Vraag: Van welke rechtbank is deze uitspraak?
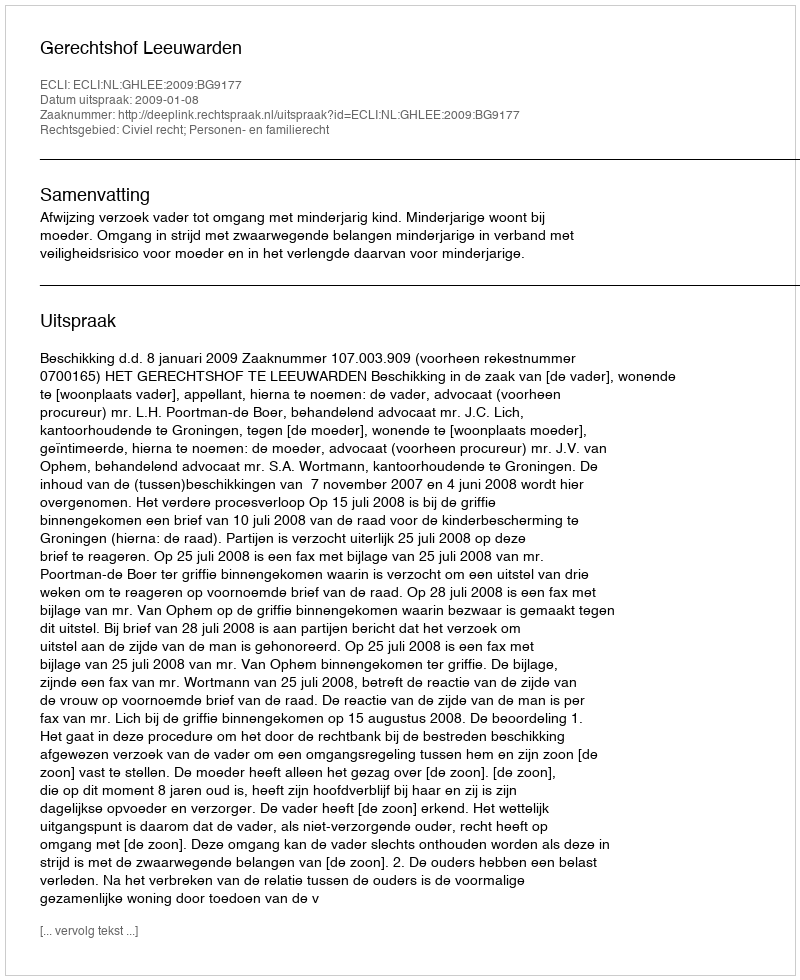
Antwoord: Gerechtshof Leeuwarden